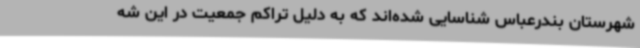
شهرستان بندرعباس شناسایی شده‌اند که به دلیل تراکم جمعیت در این شه